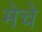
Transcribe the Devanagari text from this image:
मेचे